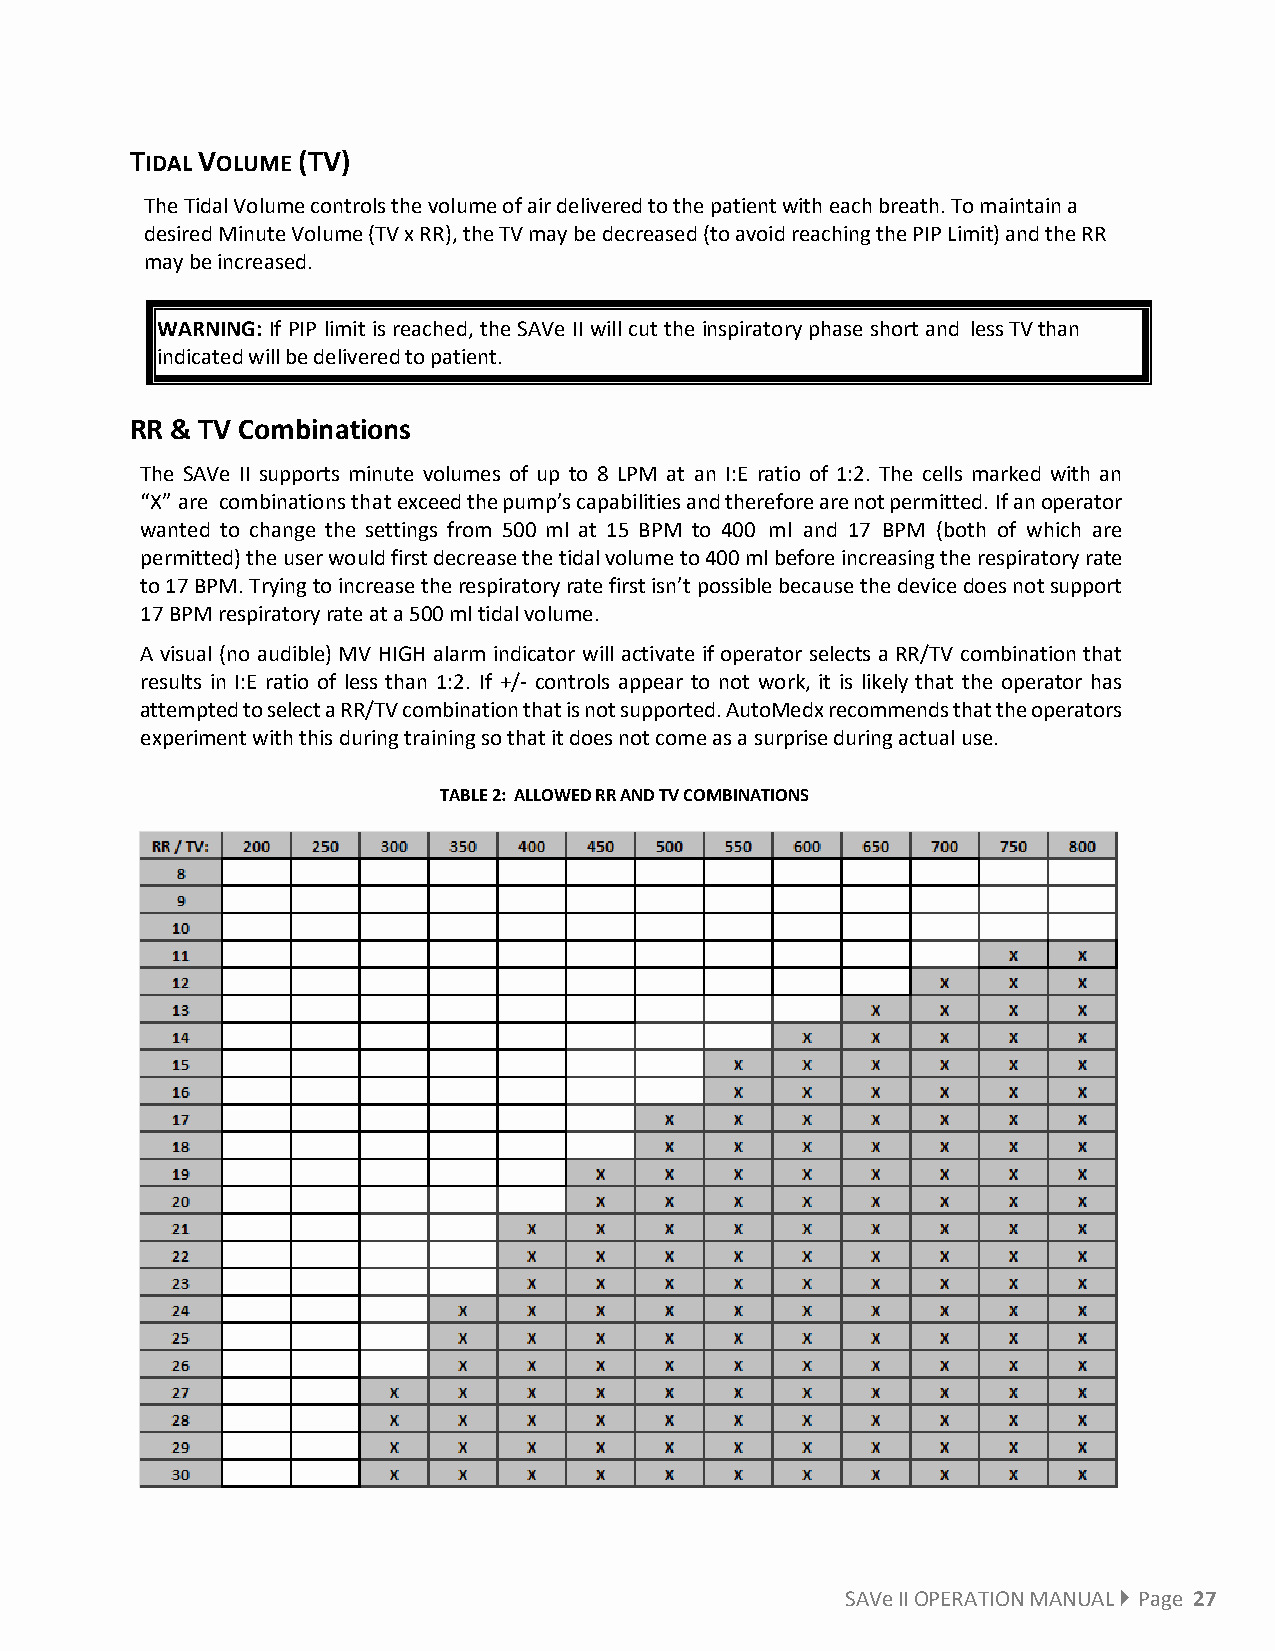
TIDAL VOLUME (TV)
 The Tidal Volume controls the volume of air delivered to the patient with each breath. To maintain a
 desired Minute Volume (TV x RR), the TV may be decreased (to avoid reaching the PIP Limit) and the RR
 may be increased.
 WARNING: If PIP limit is reached, the SAVe II will cut the inspiratory phase short and less TV than
 indicated will be delivered to patient.
 RR & TV Combinations
 The SAVe II supports minute volumes of up to 8 LPM at an I:E ratio of 1:2. The cells marked with an
 “X” are combinations that exceed the pump’s capabilities and therefore are not permitted. If an operator
 wanted to change the settings from 500 ml at 15 BPM to 400 ml and 17 BPM (both of which are
 permitted) the user would first decrease the tidal volume to 400 ml before increasing the respiratory rate
 to 17 BPM. Trying to increase the respiratory rate first isn’t possible because the device does not support
 17 BPM respiratory rate at a 500 ml tidal volume.
 A visual (no audible) MV HIGH alarm indicator will activate if operator selects a RR/TV combination that
 results in I:E ratio of less than 1:2. If +/- controls appear to not work, it is likely that the operator has
 attempted to select a RR/TV combination that is not supported. AutoMedx recommends that the operators
 experiment with this during training so that it does not come as a surprise during actual use.
 TABLE 2: ALLOWED RR AND TV COMBINATIONS
 SAVe II OPERATION MANUAL  Page 27